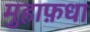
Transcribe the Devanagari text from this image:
मुहाफ़धा